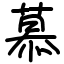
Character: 慕